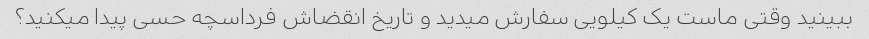
ببینید وقتی ماست یک کیلویی سفارش میدید و تاریخ انقضاش فرداسچه حسی پیدا میکنید؟